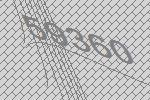
59360